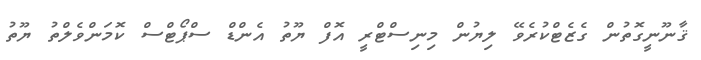
ޤާނޫނީގޮތުން ގެޒެޓްކުރެވޭ ލިޔުން މިނިސްޓްރީ އޮފް ޔޫތު އެންޑް ސްޕޯޓްސް ކޮމަންވެލްތު ޔޫތު